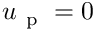
u _ { \mathrm { ~ p ~ } } = 0